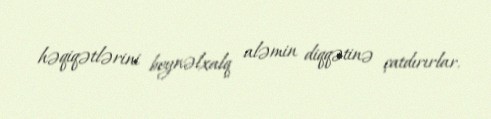
həqiqətlərini beynəlxalq aləmin diqqətinə çatdırırlar.